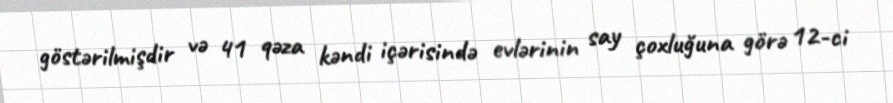
göstərilmişdir və 41 qəza kəndi içərisində evlərinin say çoxluğuna görə 12-ci